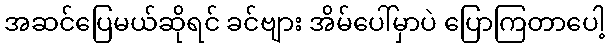
အဆင်ပြေမယ်ဆိုရင် ခင်ဗျား အိမ်ပေါ်မှာပဲ ပြောကြတာပေါ့